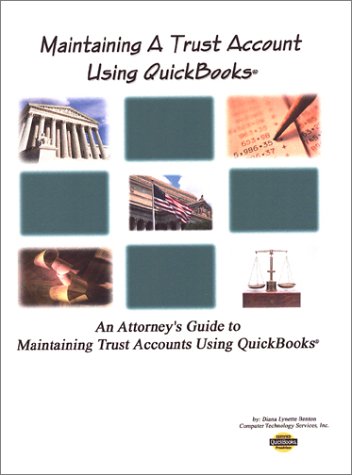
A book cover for Maintaining Your Trust Accounts Using QuickBooks; Diana Lynette Benton; Law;